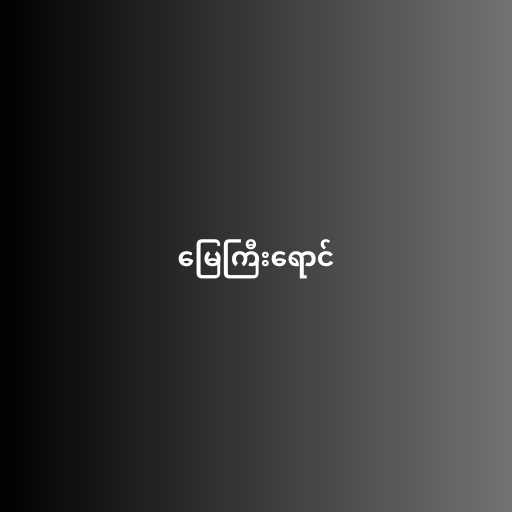
မြေကြီးရောင်